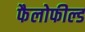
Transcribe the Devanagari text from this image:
फैलोफील्ड